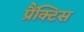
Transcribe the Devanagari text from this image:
प्रैंक्टिस